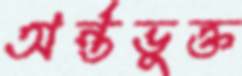
অর্ন্তভুক্ত